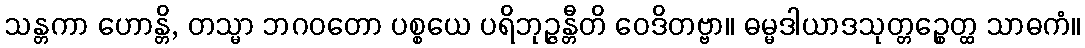
သန္တကာ ဟောန္တိ, တသ္မာ ဘဂဝတော ပစ္စယေ ပရိဘုဉ္ဇန္တီတိ ဝေဒိတဗ္ဗာ။ ဓမ္မဒါယာဒသုတ္တဉ္စေတ္ထ သာဓကံ။